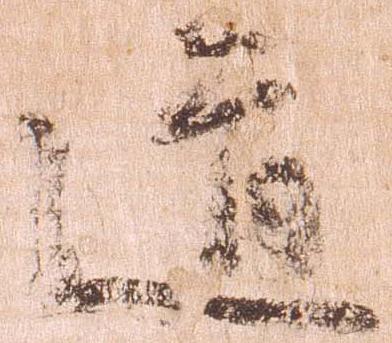
道